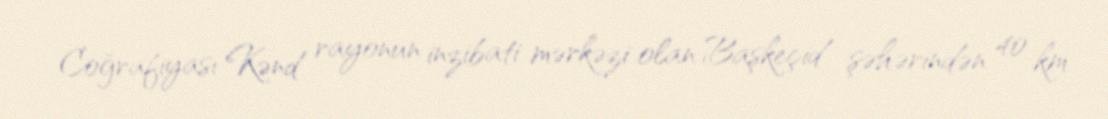
Coğrafiyası Kənd rayonun inzibati mərkəzi olan Başkeçid şəhərindən 40 km